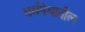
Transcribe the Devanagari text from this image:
धर्मपंथातील